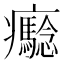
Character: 𤼔